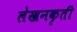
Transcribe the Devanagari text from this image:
लेखनकृती